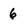
Character: 6